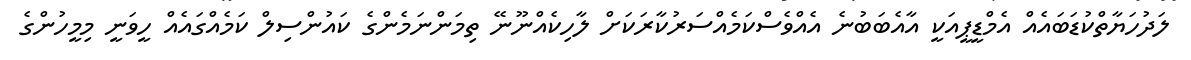
ލަދުހަޔާތްކުޑަބައެއް އެމްޑީޕީއަކީ އާއެބަބުނެ އެއްވެސްކަމެއްސަރުކާރަކަށް ލާހިކެއްނޫނޭ ތިމަންނަމެންގެ ކައުންސިލް ކަމެއްގައެއް ހީވަނީ މިމީހުންގެ